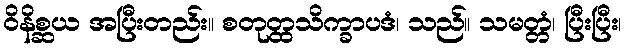
ဝိနိစ္ဆယ အပြီးတည်း။ စတုတ္ထသိက္ခာပဒံ၊ သည်။ သမတ္တံ၊ ပြီးပြီး၊